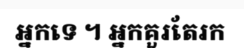
អ្នកទេ ។ អ្នកគួរតែរក